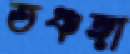
তঞ্চঙ্গা